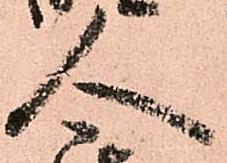
人